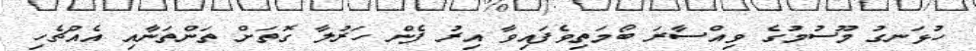
ހުޅަނގު މޫސުމުގެ ވިއްސާރަ ބޯމަތިވެފައިވާ އިރު ފެން ހަރުލާ ގޮތަށް ތަންތަނާއި އެއްޗެހި